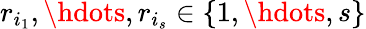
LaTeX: r_{i_{1}},\hdots,r_{i_{s}}\in\{ 1,\hdots,s\}